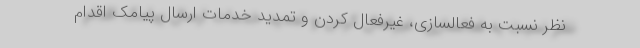
نظر نسبت به فعالسازی، غیرفعال کردن و تمدید خدمات ارسال پیامک اقدام